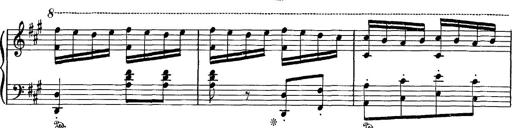
Title: Hungarian Rhapsody No.16
Composer: Franz Liszt
Key: A minor